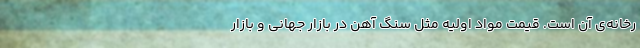
رخانه‌ی آن است. قیمت موّاد اوّلیه مثل سنگ آهن در بازار جهانی و بازار